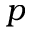
p